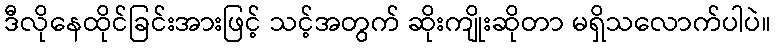
ဒီလိုနေထိုင်ခြင်းအားဖြင့် သင့်အတွက် ဆိုးကျိုးဆိုတာ မရှိသလောက်ပါပဲ။